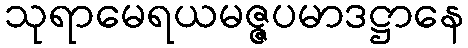
သုရာမေရယမဇ္ဇပမာဒဋ္ဌာနေ